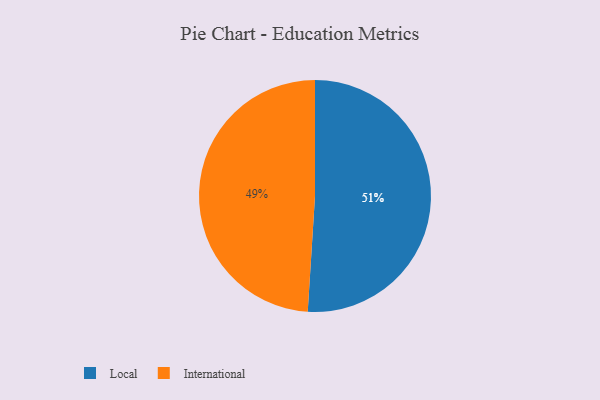
{"axis": {"x": "Category", "y": "Percentage"}, "legend": ["International", "Local"], "data": [{"x": "Local", "y": 51, "type": "Local"}, {"x": "International", "y": 49, "type": "International"}]}